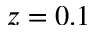
z = 0 . 1